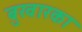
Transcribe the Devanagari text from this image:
बुखारका